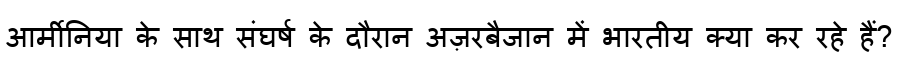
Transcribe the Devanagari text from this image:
आर्मीनिया के साथ संघर्ष के दौरान अज़रबैजान में भारतीय क्या कर रहे हैं?